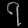
Digit: ၇